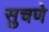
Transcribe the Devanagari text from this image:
सुचणे